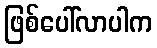
ဖြစ်ပေါ်လာပါက